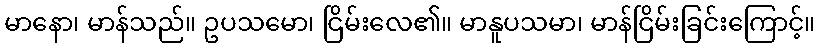
မာနော၊ မာန်သည်။ ဥပသမော၊ ငြိမ်းလေ၏။ မာနူပသမာ၊ မာန်ငြိမ်းခြင်းကြောင့်။